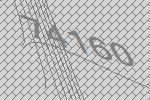
74160